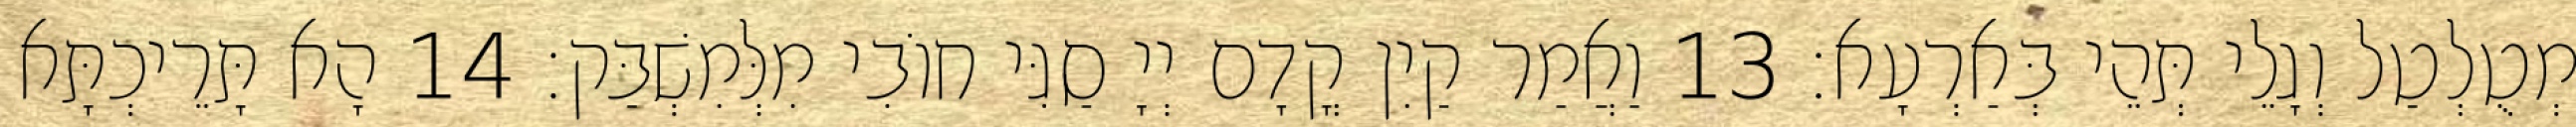
מְטֻלְטַל וְגָלֵי תְּהֵי בְּאַרְעָא׃ 13 וַאֲמַר קַיִן קֳדָם יְיָ סַגִּי חוֹבִי מִלְּמִשְׁבַּק׃ 14 הָא תָּרֵיכְתָּא